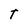
Character: T